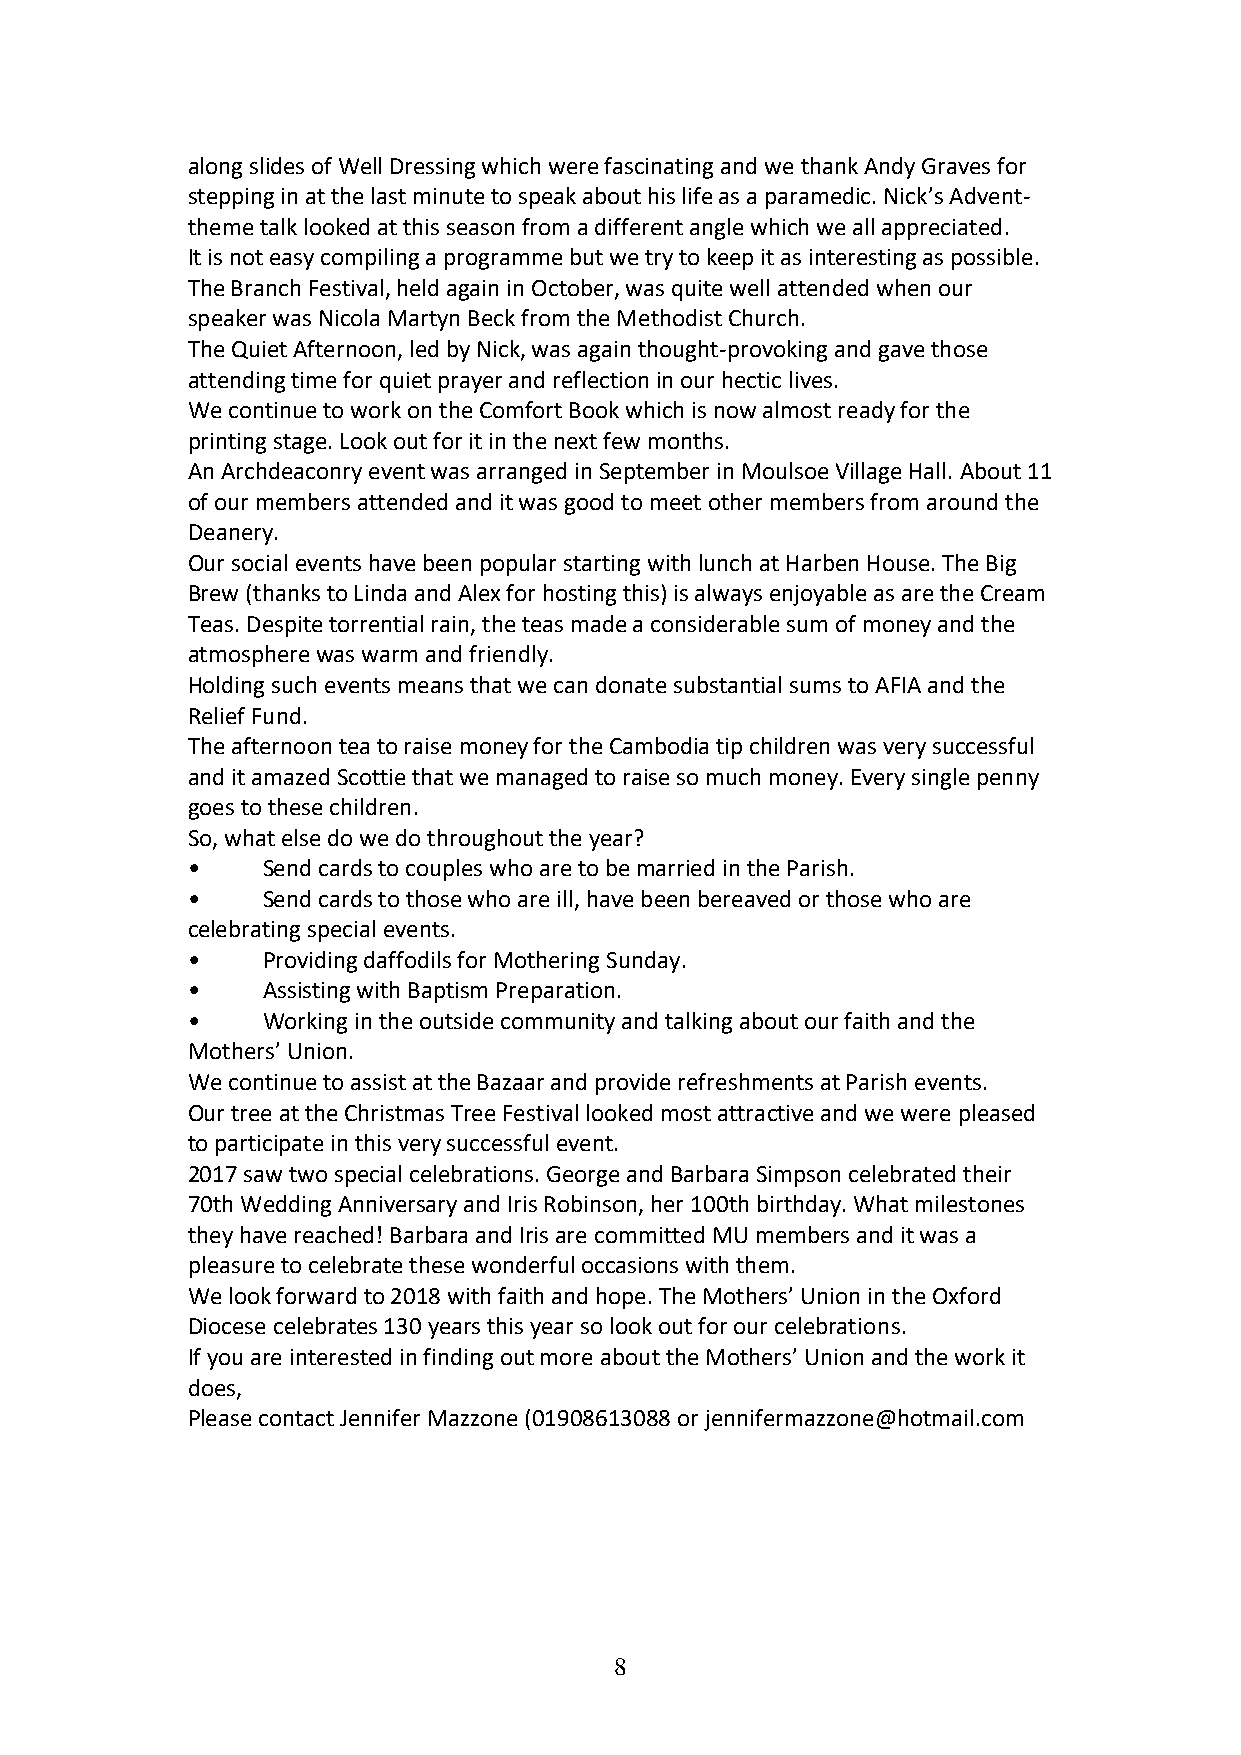
along slides of Well Dressing which were fascinating and we thank Andy Graves for
 stepping in at the last minute to speak about his life as a paramedic. Nick’s Advent-
 theme talk looked at this season from a different angle which we all appreciated.
 It is not easy compiling a programme but we try to keep it as interesting as possible.
 The Branch Festival, held again in October, was quite well attended when our
 speaker was Nicola Martyn Beck from the Methodist Church.
 The Quiet Afternoon, led by Nick, was again thought-provoking and gave those
 attending time for quiet prayer and reflection in our hectic lives.
 We continue to work on the Comfort Book which is now almost ready for the
 printing stage. Look out for it in the next few months.
 An Archdeaconry event was arranged in September in Moulsoe Village Hall. About 11
 of our members attended and it was good to meet other members from around the
 Deanery.
 Our social events have been popular starting with lunch at Harben House. The Big
 Brew (thanks to Linda and Alex for hosting this) is always enjoyable as are the Cream
 Teas. Despite torrential rain, the teas made a considerable sum of money and the
 atmosphere was warm and friendly.
 Holding such events means that we can donate substantial sums to AFIA and the
 Relief Fund.
 The afternoon tea to raise money for the Cambodia tip children was very successful
 and it amazed Scottie that we managed to raise so much money. Every single penny
 goes to these children.
 So, what else do we do throughout the year?
 •    Send cards to couples who are to be married in the Parish.
 •    Send cards to those who are ill, have been bereaved or those who are
 celebrating special events.
 •    Providing daffodils for Mothering Sunday.
 •    Assisting with Baptism Preparation.
 •    Working in the outside community and talking about our faith and the
 Mothers’ Union.
 We continue to assist at the Bazaar and provide refreshments at Parish events.
 Our tree at the Christmas Tree Festival looked most attractive and we were pleased
 to participate in this very successful event.
 2017 saw two special celebrations. George and Barbara Simpson celebrated their
 70th Wedding Anniversary and Iris Robinson, her 100th birthday. What milestones
 they have reached! Barbara and Iris are committed MU members and it was a
 pleasure to celebrate these wonderful occasions with them.
 We look forward to 2018 with faith and hope. The Mothers’ Union in the Oxford
 Diocese celebrates 130 years this year so look out for our celebrations.
 If you are interested in finding out more about the Mothers’ Union and the work it
 does,
 Please contact Jennifer Mazzone (01908613088 or jennifermazzone@hotmail.com
 8